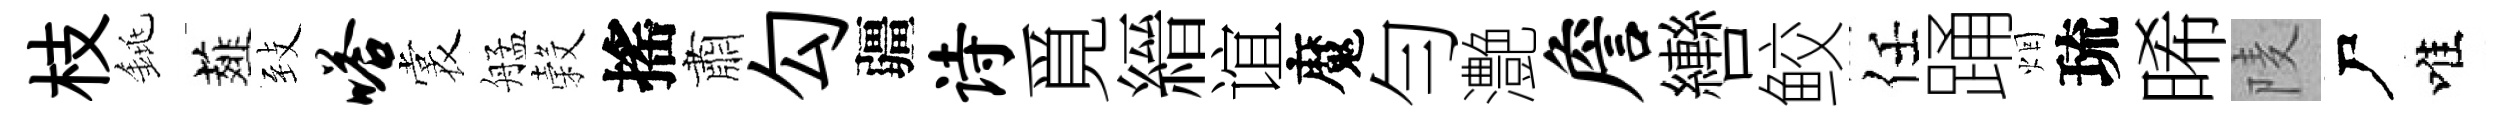
枝銚薤𦤺嗒裳艋穀搖肅勾疆诗覓縉谊魔勻灔詹轡鲛任踊烟琉晞𨹧尸唯